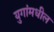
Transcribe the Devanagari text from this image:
युगांमधील